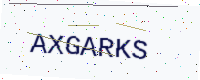
Text: AXGARKS